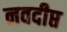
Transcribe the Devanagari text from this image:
नवदीप्त